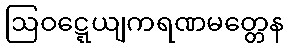
ဩဝဋ္ဋေယျကရဏမတ္တေန